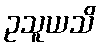
ဥသူယသိ